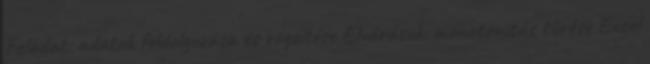
Feladat: adatok feldolgozása és rögzítése Elvárások: monotonitás tűrése Excel